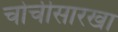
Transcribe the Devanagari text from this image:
चोचीसारखा